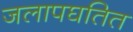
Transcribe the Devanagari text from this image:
जलापघतित